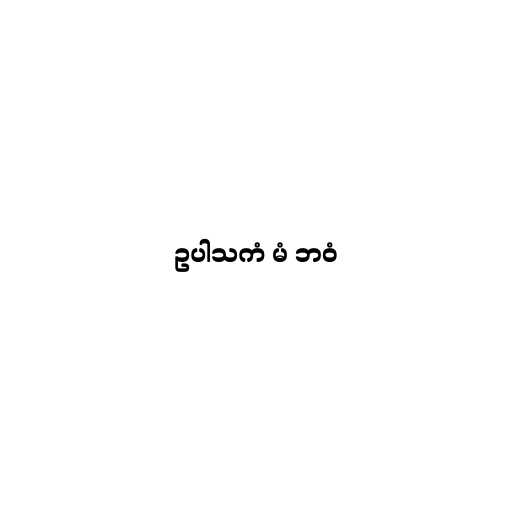
ဥပါသကံ မံ ဘဝံ